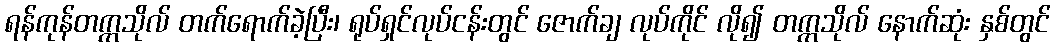
ရန်ကုန်တက္ကသိုလ် တက်ရောက်ခဲ့ပြီး၊ ရုပ်ရှင်လုပ်ငန်းတွင် ဇောက်ချ လုပ်ကိုင် လို၍ တက္ကသိုလ် နောက်ဆုံး နှစ်တွင်